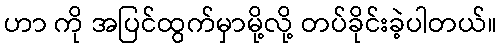
ဟာ ကို အပြင်ထွက်မှာမို့လို့ တပ်ခိုင်းခဲ့ပါတယ်။